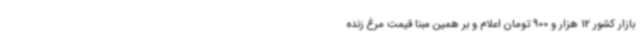
بازار کشور 12 هزار و 900 تومان اعلام و بر همین مبنا قیمت مرغ زنده